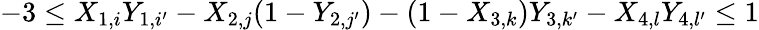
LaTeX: -3\le X_{1,i}Y_{1,i^{\prime}}-X_{2,j}(1-Y_{2,j^{\prime}})-(1-X_{3,k})Y_{3,k^{\prime}}-X_{4,l}Y_{4,l^{\prime}}\le 1